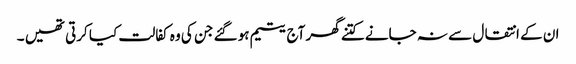
ان کے انتقال سے نہ جانے کتنے گھر آج یتیم ہو گئے جن کی وہ کفالت کیا کرتی تھیں ۔